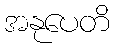
အနုပေတိ